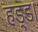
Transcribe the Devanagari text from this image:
हड्ड।